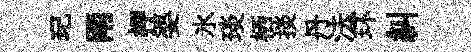
玘兩柙婆氷琰栖掞丹法环糾